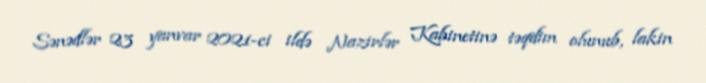
Sənədlər 23 yanvar 2021-ci ildə Nazirlər Kabinetinə təqdim olunub, lakin